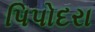
પિપોદરા